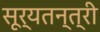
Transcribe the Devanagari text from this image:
सूर्यतन्त्री